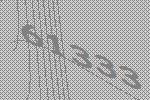
61333